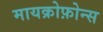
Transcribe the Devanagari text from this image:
मायक्रोफ़ोन्स